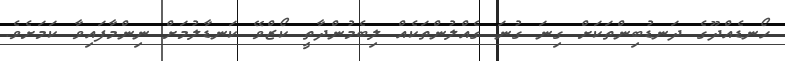
ހޯނޑެއްދޫގެ ދަނޑުބިންތަކަށް ގިނަ ގުނަ ގެއްލުންތަކެއް ލިބެމުންދާތީ ކޯޒްވޭ ކަނޑާލުމަށް ނިންމާފައިވާ ކަމަށެވެ.